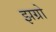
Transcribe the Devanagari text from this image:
झग्रो